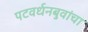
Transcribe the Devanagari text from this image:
पटवर्धनबुवांचा